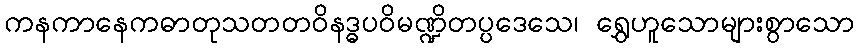
ကနကာနေကဓာတုသတတဝိနဒ္ဓပဝိမဏ္ဍိတပ္ပဒေသေ၊ ရွှေဟူသောများစွာသော